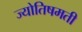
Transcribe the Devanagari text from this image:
ज्योतिषमती